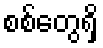
စစ်တွေရှိ